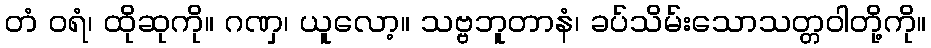
တံ ဝရံ၊ ထိုဆုကို။ ဂဏှ၊ ယူလော့။ သဗ္ဗဘူတာနံ၊ ခပ်သိမ်းသောသတ္တဝါတို့ကို။